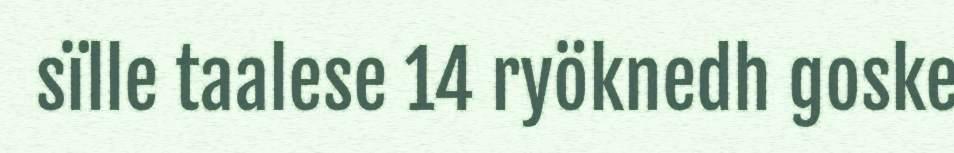
sïlle taalese 14 ryöknedh goske